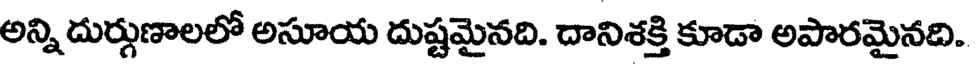
అన్ని దుర్గుణాలలో అసూయ దుష్టమైనది. దానిశక్తి కూడా అపారమైనది.